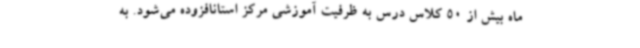
ماه بیش از 50 کلاس درس به ظرفیت آموزشی مرکز استانافزوده می‌شود. به